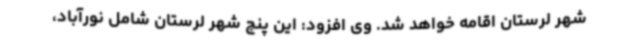
شهر لرستان اقامه خواهد شد. وی افزود: این پنج شهر لرستان شامل نورآباد،